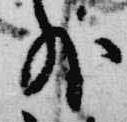
外